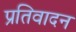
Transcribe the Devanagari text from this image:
प्रतिवादन